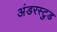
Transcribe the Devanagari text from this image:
अंडरस्टुड